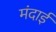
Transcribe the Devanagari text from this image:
मंदाई